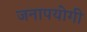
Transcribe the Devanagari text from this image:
जनापयोगी